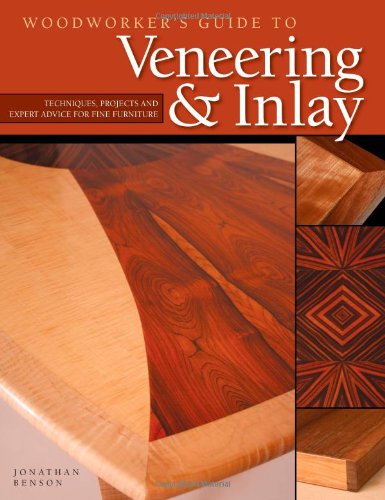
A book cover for Woodworker's Guide to Veneering & Inlay (SC): Techniques, Projects & Expert Advice for Fine Furniture; Jonathan Benson; Science & Math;